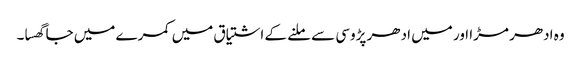
وہ ادھر مڑا اور میں ادھر پڑوسی سے ملنے کے اشتیاق میں کمرے میں جا گھسا۔